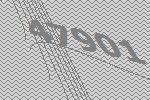
47901